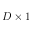
D \times 1